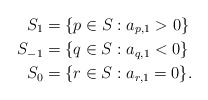
\begin{align*} S_1 & = \{p \in S: a_{p,1} > 0 \} \\S_{-1} & = \{q \in S: a_{q,1} < 0 \} \\ S_0 & = \{r \in S: a_{r,1} = 0 \}. \end{align*}